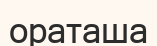
ораташа